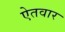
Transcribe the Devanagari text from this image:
ऐतवार